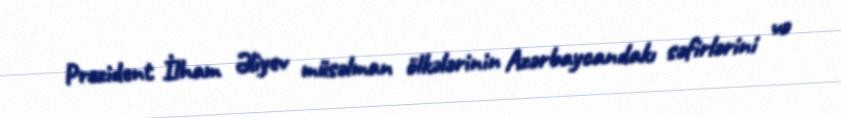
Prezident İlham Əliyev müsəlman ölkələrinin Azərbaycandakı səfirlərini və